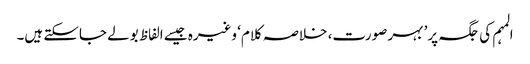
المہم کی جگہ پر’ بہر صورت، خلاصہ کلام‘ وغیرہ جیسے الفاظ بولے جاسکتے ہیں۔